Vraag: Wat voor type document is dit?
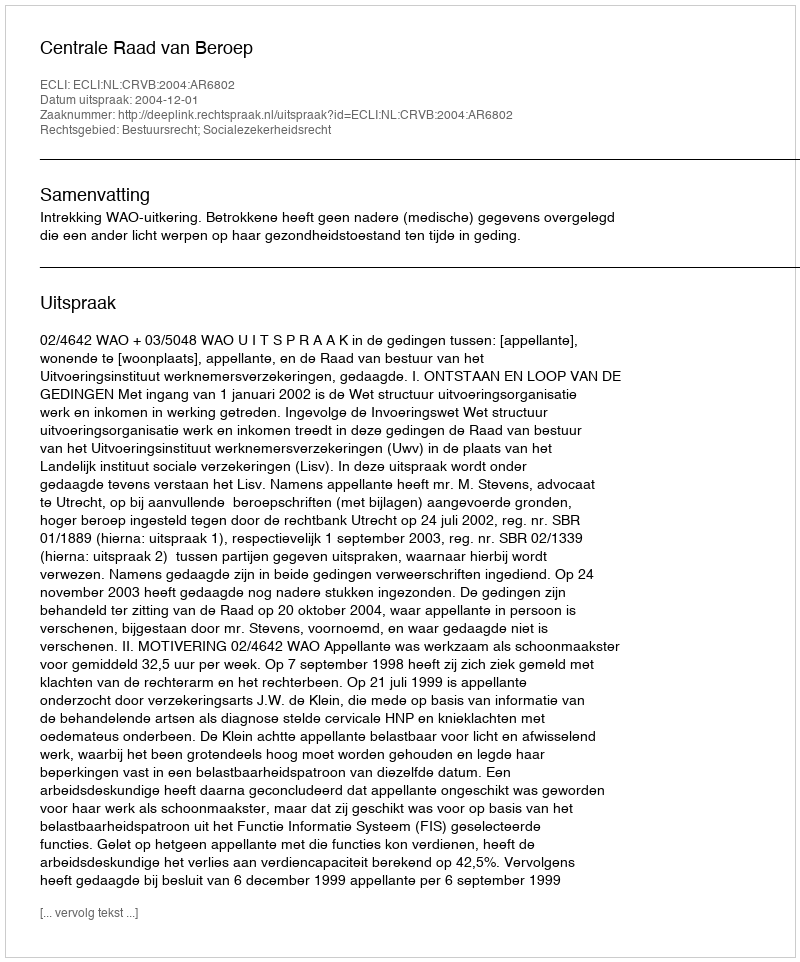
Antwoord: Uitspraak